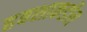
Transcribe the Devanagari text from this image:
हबशाकडील